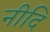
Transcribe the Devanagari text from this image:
नीदि